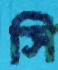
সি